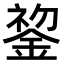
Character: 𬫧